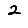
Digit: 2